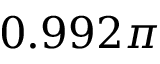
0 . 9 9 2 \pi